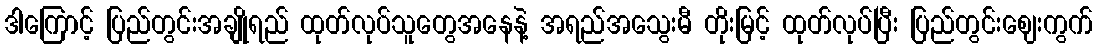
ဒါကြောင့် ပြည်တွင်းအချိုရည် ထုတ်လုပ်သူတွေအနေနဲ့ အရည်အသွေးမီ တိုးမြင့် ထုတ်လုပ်ပြီး ပြည်တွင်းဈေးကွက်